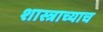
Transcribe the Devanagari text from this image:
शास्त्राच्याच